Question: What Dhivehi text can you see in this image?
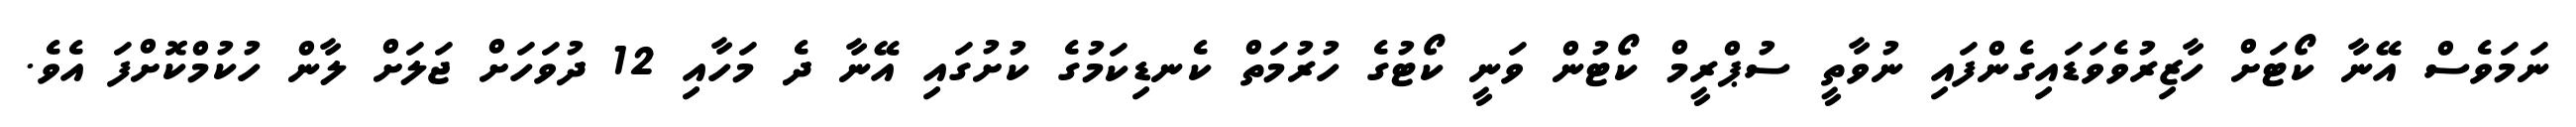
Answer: ނަމަވެސް އޭނާ ކޯޓަށް ހާޒިރުވެވަޑައިގެންފައި ނުވާތީ ސުޕްރީމް ކޯޓުން ވަނީ ކޯޓުގެ ހުރުމަތް ކެނޑިކަމުގެ ކުށުގައި އޭނާ ދެ މަހާއި 12 ދުވަހަށް ޖަލަށް ލާން ހުކުމްކޮށްފަ އެވެ.